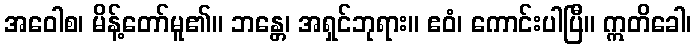
အဝေါစ၊ မိန့်တော်မူ၏။ ဘန္တေ၊ အရှင်ဘုရား။ ဧဝံ၊ ကောင်းပါပြီ။ ဣတိခေါ၊